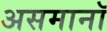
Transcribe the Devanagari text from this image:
असमानॉ